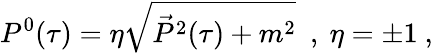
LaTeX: P^{0}(\tau)=\eta\sqrt{\vec{P}^{2}(\tau)+m^{2}}\ \ ,\ \eta=\pm 1\ ,